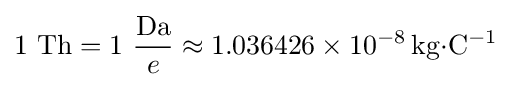
1~\mathrm {Th} =1~{\frac {\mathrm {Da} }{e}}\approx 1.036426\times 10^{-8}\,\mathrm {kg{\cdot }C^{-1}}